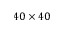
4 0 \times 4 0